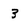
Character: 3